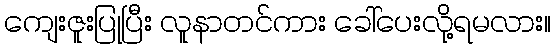
ကျေးဇူးပြုပြီး လူနာတင်ကား ခေါ်ပေးလို့ရမလား။